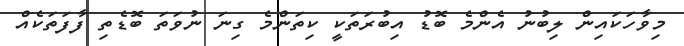
މިވާހަކައިން ލިބުނު އެންމެ ބޮޑު އިބުރަތަކީ ކިތަންމެ ގިނަ ނުވަތަ ބޮޑެތި ފާފަތަކެއް